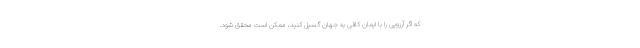
که اگر آرزویی را با ایمان کافی به جهان گسیل کنید، ممکن است محقق شود.